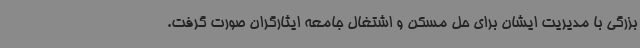
بزرگی با مدیریت ایشان برای حل مسکن و اشتغال جامعه ایثارگران صورت گرفت.